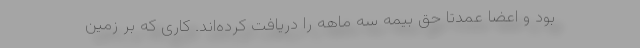
بود و اعضا عمدتا حق بیمه سه ماهه را دریافت کرده‌اند. کاری که بر زمین